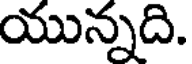
యున్నది.